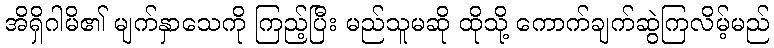
အိရှိဂါမိ၏ မျက်နှာသေကို ကြည့်ပြီး မည်သူမဆို ထိုသို့ ကောက်ချက်ဆွဲကြလိမ့်မည်